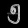
Digit: ၅